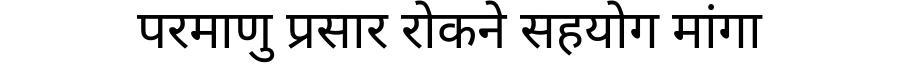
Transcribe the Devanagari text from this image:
परमाणु प्रसार रोकने सहयोग मांगा